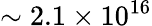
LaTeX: \sim 2.1\times 10^{16}